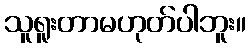
သူရူးတာမဟုတ်ပါဘူး။